Leaving Certificate Examination, 1922
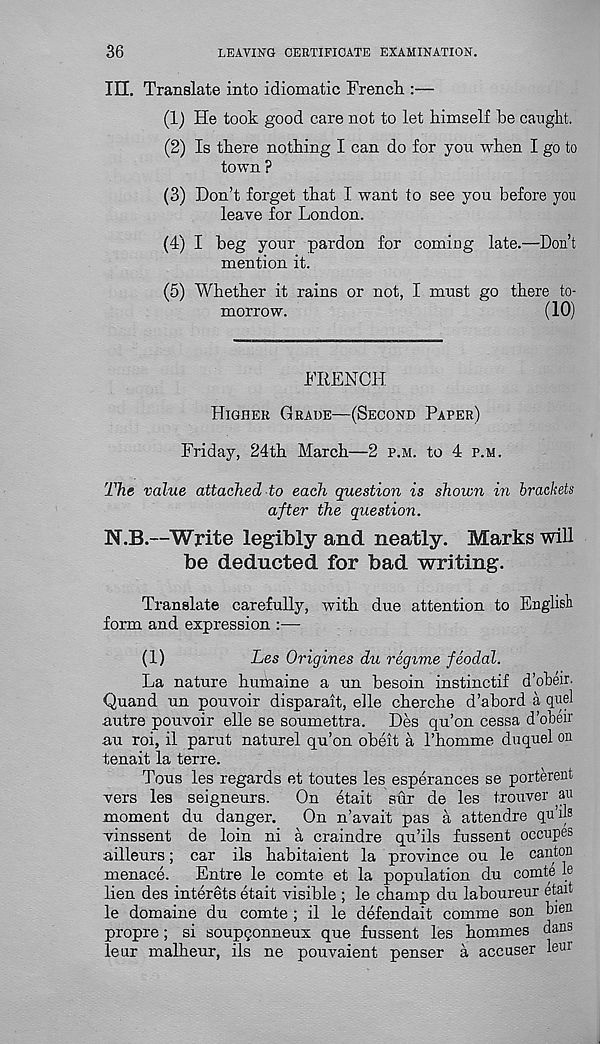
36
LEAVING CERTIFICATE EXAMINATION.
III. Translate into idiomatic French :—
(1) He took good care not to let himself he caught.
(2) Is there nothing I can do for yon when I go to
town ?
(3) Don’t forget that I want to see you before you
leave for London.
(4) I beg your pardon for coming late.—Don’t
mention it.
(5) Whether it rains or not, I must go there to-
morrow.
(10)
FRENCH
Higher Grade—(Second Paper)
Friday, 24th March—2 p.m. to 4 f.h.
The value attached to each question is shown in brackets
after the question.
N.B.—Write legibly and neatly. Marks will
be deducted for bad writing.
Translate carefully, with due attention to English
form and expression :—
(1)
Les Origines du regime feodal.
La nature humaine a un besoin instinctif d’obeir.
Quand un pouvoir disparait, elle cherche d’abord a quel
autre pouvoir elle se soumettra. Des qu’on cessa d’obeii'
au roi, il parut naturel qu’on obeit a I’homme duquel on
tenait la terre.
Tous les regards et toutes les esperances se porterent
vers les seigneurs.
On etait stir de les trouver au
moment du danger.
On n’avait pas a attendre qu’ib
vinssent de loin ni a craindre qu’ils fussent occupes
ailleurs; car ils habitaient la province ou le canton
menace.
Entre le comte et la population du comte ie
lien des interets etait visible ; le champ du laboureur etait
le domaine du comte ; il le defendait comme son bi en
propre; si soupqonneux que fussent les hommes dans
leur malheur, ils ne pouvaient penser a accuser lem